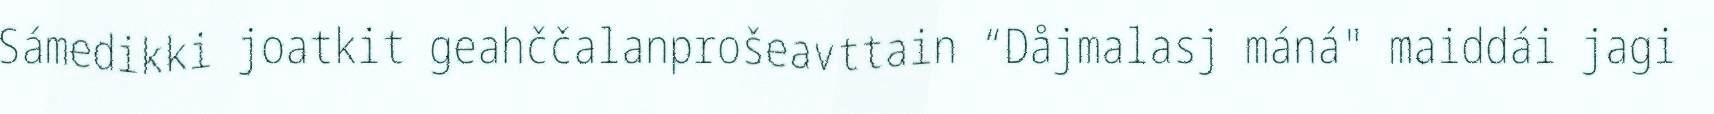
Sámedikki joatkit geahččalanprošeavttain “Dåjmalasj máná" maiddái jagi